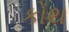
કોથ